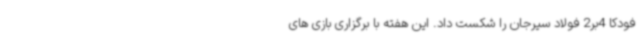
فودکا 4بر2 فولاد سیرجان را شکست داد. این هفته با برگزاری بازی های